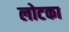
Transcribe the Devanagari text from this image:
लोटका